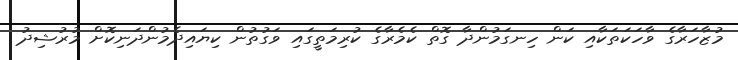
މުޒާހަރާގެ ވާހަކަތަކާއި ކަން ހިނގަމުންދާ ގޮތް ކެމެރާގެ ކުރިމަތީގައި ވަގުތުން ކިޔައިދެމުންދަނިކޮށް މުރުޝިދު